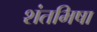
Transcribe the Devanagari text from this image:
शंतभिषा